Indian journal of veterinary science and animal husbandry - Volumes 22-23, 1952-1953
Year: 1952
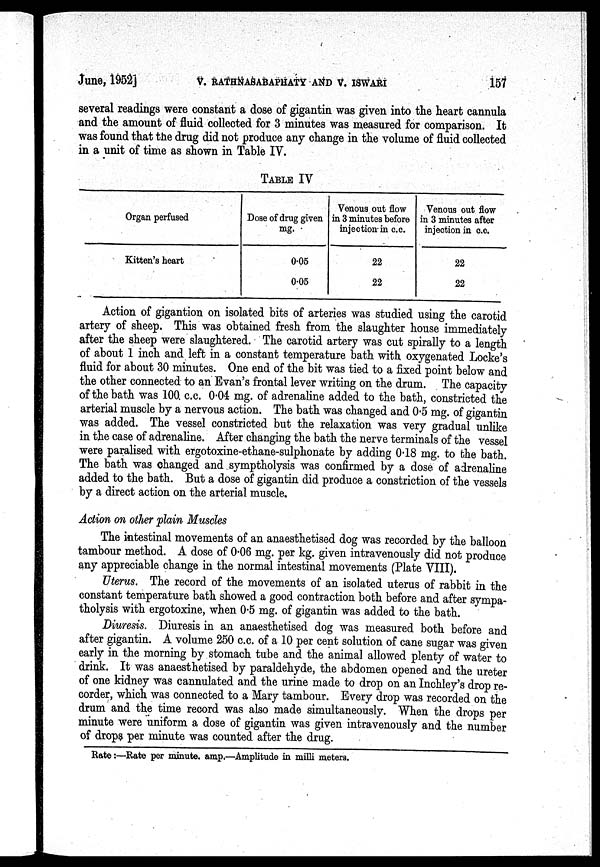
June,
1952]
V. RATHNASABAPHATY AND V. ISWARI 157
several readings were constant a dose of gigantin was given into the heart cannula
and the amount of fluid collected for 3 minutes was measured for comparison. It
was found that the drug did not produce any change in the volume of fluid collected
in a unit of time as shown in Table IV.
TABLE IV
Organ perfused
Kitten's heart
Dose of drug given
mg.
0.05
0.05
Venous out flow
in 3 minutes before
injection in c.c.
22
22
Venous out flow
in 3 minutes after
injection in c.c.
22
22
Action of gigantion on isolated bits of arteries was studied using the carotid
artery of sheep. This was obtained fresh from the slaughter house immediately
after the sheep were slaughtered. The carotid artery was cut spirally to a length
of about 1 inch and left in a constant temperature bath with oxygenated Locke's
fluid for about 30 minutes. One end of the bit was tied to a fixed point below and
the other connected to an Evan's frontal lever writing on the drum. The capacity
of the bath was 100 c.c. 0.04 mg. of adrenaline added to the bath, constricted the
arterial muscle by a nervous action. The bath was changed and 0.5 mg. of gigantin
was added. The vessel constricted but the relaxation was very gradual unlike
in the case of adrenaline. After changing the bath the nerve terminals of the vessel
were paralised with ergotoxine-ethane-sulphonate by adding 0.18 mg. to the bath.
The bath was changed and symptholysis was confirmed by a dose of adrenaline
added to the bath. But a dose of gigantin did produce a constriction of the vessels
by a direct action on the arterial muscle.
Action on other plain Muscles
The intestinal movements of an anaesthetised dog was recorded by the balloon
tambour method. A dose of 0.06 mg. per kg. given intravenously did not produce
any appreciable change in the normal intestinal movements (Plate VIII).
Uterus. The record of the movements of an isolated uterus of rabbit in the
constant temperature bath showed a good contraction both before and after sympa-
tholysis with ergotoxine, when 0.5 mg. of gigantin was added to the bath.
Diuresis. Diuresis in an anaesthetised dog was measured both before and
after gigantin. A volume 250 c.c. of a 10 per cent solution of cane sugar was given
early in the morning by stomach tube and the animal allowed plenty of water to
drink. It was anaesthetised by paraldehyde, the abdomen opened and the ureter
of one kidney was cannulated and the urine made to drop on an Inchley's drop re-
corder, which was connected to a Mary tambour. Every drop was recorded on the
drum and the time record was also made simultaneously. When the drops per
minute were uniform a dose of gigantin was given intravenously and the number
of drops per minute was counted after the drug.
Rate:—Rate per minute. amp.—Amplitude in milli meters.